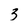
Character: 3